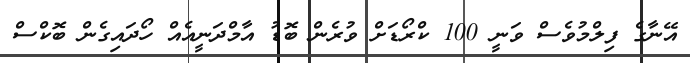
އޭނާގެ ފިލްމުވެސް ވަނީ 100 ކްރޯޑަށް ވުރެން ބޮޑު އާމްދަނީއެއް ހޯދައިގެން ބޮކްސް